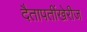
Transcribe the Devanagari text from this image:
दैतापतींखेरीज